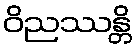
ဝိညဿန္တိ